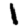
Digit: 1